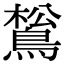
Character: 𪁿